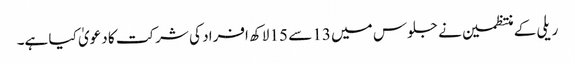
ریلی کے منتظمین نے جلوس میں 13 سے 15 لاکھ افراد کی شرکت کا دعویٰ کیا ہے۔